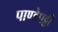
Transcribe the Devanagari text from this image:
पाण्डेपट्टी